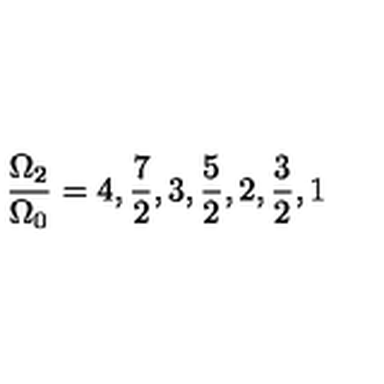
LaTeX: \frac { \Omega _ { 2 } } { \Omega _ { 0 } } = 4 , \frac { 7 } { 2 } , 3 , \frac { 5 } { 2 } , 2 , \frac { 3 } { 2 } , 1